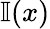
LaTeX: \mathbb{I}(x)